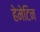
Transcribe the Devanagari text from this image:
हेमेटिन